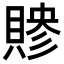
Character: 𬥜